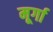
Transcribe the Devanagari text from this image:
मूर्गा